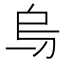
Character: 𠂶